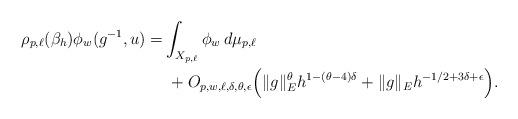
LaTeX: \begin{align*}\rho_{p,\ell}(\beta_h) \phi_w(g^{-1},u)=&\int_{X_{p,\ell}}\phi_w\, d\mu_{p,\ell}\\&\;+O_{p,w,\ell,\delta,\theta,\epsilon}\Big(\|g\|_E^\theta h^{1-(\theta-4)\delta}+\|g\|_E h^{-1/2+3\delta+\epsilon} \Big).\end{align*}